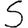
Digit: 5